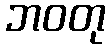
ဘဝတု